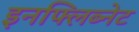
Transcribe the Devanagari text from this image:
इनफ्लिब्नेट